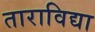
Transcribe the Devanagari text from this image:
ताराविद्या